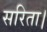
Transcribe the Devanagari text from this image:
सरिता।